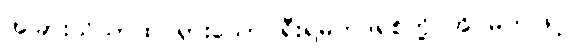
အခြားသိသာထင်ရှားသော ရီးရဲမက်ဒရစ်တို့ အိပ်မက်ဖြင့်